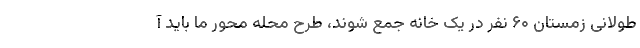
طولانی زمستان ۶۰ نفر در یک خانه جمع شوند، طرح محله محور ما باید آ